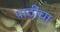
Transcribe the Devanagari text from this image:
पाठींचा